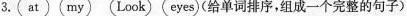
3. at my Look eyes (给单词排序，组成一个完整的句子)